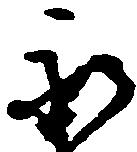
永